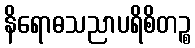
နိရောဓသညာပရိစိတဉ္စ